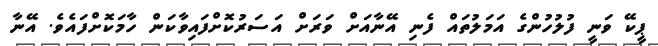
ޕީކޭ ވަނީ ފުލުހުންގެ އަމަލުތައް ފެނި އޭނާއަށް ވަރަށް އަސަރުކޮށްފައިވާކަން ހާމަކޮށްފައެވެ. އޭނާ